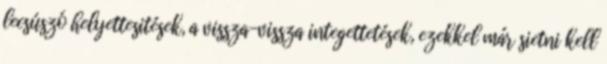
lecsúszó helyettesitések, a vissza-vissza integettetések, ezekkel már sietni kell